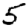
Digit: 5